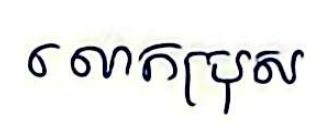
លោកប្រុស